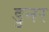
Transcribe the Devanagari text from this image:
डुनर